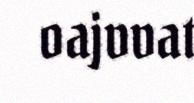
oajvvat